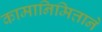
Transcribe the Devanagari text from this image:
कामानिमित्ताने